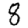
Digit: 8